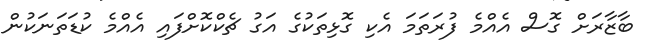
ބާޒާރަށް ގޮސް އެއްމެ ފުރަތަމަ އެކި ގޮޅިތަކުގެ އަގު ޗެކްކޮށްފައި އެއްމެ ކުޑަތަނަކުން